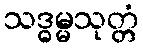
သဒ္ဓမ္မသုတ္တံ